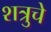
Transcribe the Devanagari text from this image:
शत्रुचे